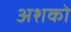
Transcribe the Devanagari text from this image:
अशको